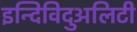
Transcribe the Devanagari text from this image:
इन्दिविदुअलिटी